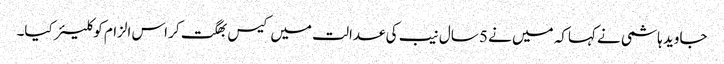
جاوید ہاشمی نے کہاکہ میں نے 5 سال نیب کی عدالت میں کیس بھگت کر اس الزام کو کلیئر کیا۔